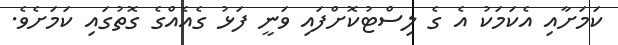
ކަމަށާއި އެކަމަކު އެ ގެ ލިސްޓުކޮށްފައި ވަނީ ފަޅު ގެެއެއްގެ ގޮތުގައި ކަމަށެވެ.